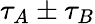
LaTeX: {\tau_{A}}\pm{\tau_{B}}